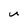
Character: u